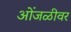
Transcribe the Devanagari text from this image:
ओंजळीवर